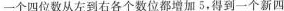
一个四位数从左到右各个数位都增加5，得到一个新四